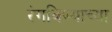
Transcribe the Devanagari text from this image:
रंगविण्याच्या